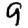
Digit: 9